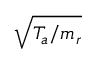
\sqrt { T _ { a } / m _ { r } }